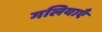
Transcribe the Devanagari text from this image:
गलियाएँ